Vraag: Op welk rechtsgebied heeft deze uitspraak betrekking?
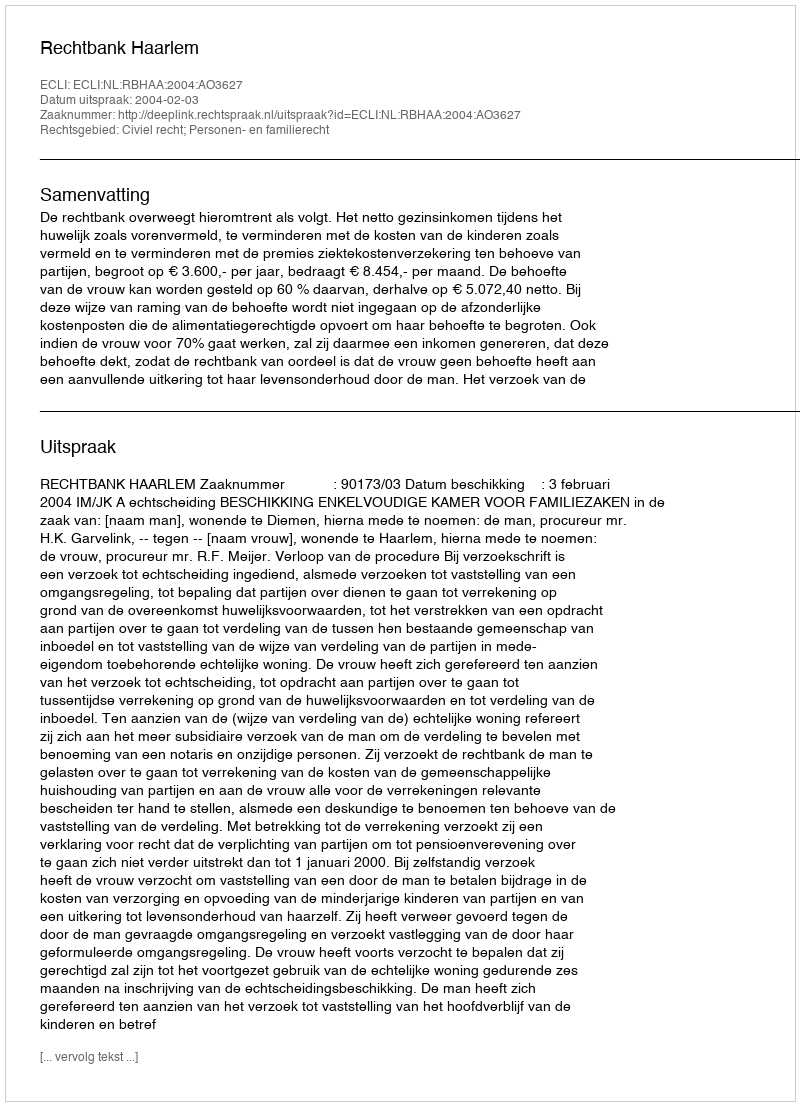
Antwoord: Civiel recht; Personen- en familierecht